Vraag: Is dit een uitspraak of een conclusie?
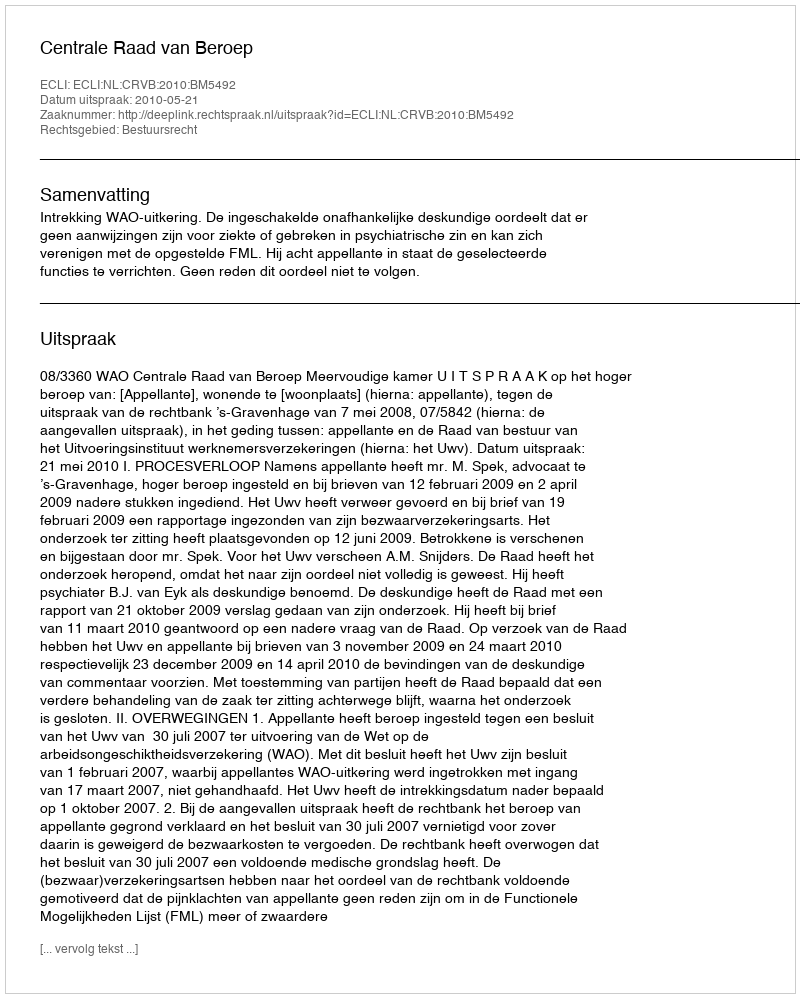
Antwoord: Uitspraak